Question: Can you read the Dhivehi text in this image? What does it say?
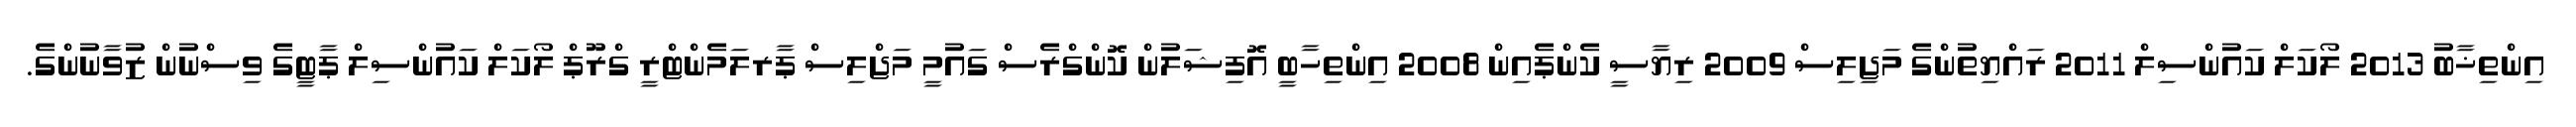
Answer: އިންތިޚާބު 2013 ލޯކަލް ކައުންސިލް 2011 ރައްޔިތުންގެ މަޖިލިސް 2009 ރިޔާސީ ކެންޕެއިން 2008 އިންތިހާބީ އޮފިޝަލުން ކޮންގްރެސް ގައުމީ މަޖްލިސް ޕާރލަމެންޓްރީ ގްރޫޕް ލޯކަލް ކައުންސިލް ޕާޓީގެ ވިސްނުން ޒުވާނުންގެ.